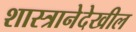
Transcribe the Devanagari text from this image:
शास्त्रानेदेखील